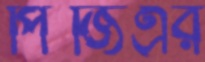
পিজিএর